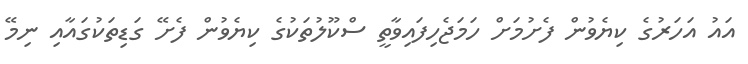
އައު އަހަރުގެ ކިޔެވުން ފެށުމަށް ހަމަޖެހިފައިވާތީ ސްކޫލުތަކުގެ ކިޔެވުން ފެށޭ ގަޑިތަކުގައާއި ނިމޭ